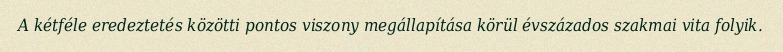
A kétféle eredeztetés közötti pontos viszony megállapítása körül évszázados szakmai vita folyik.